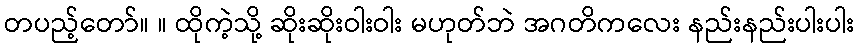
တပည့်တော်။ ။ ထိုကဲ့သို့ ဆိုးဆိုးဝါးဝါး မဟုတ်ဘဲ အဂတိကလေး နည်းနည်းပါးပါး